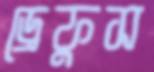
ড্রেফুস